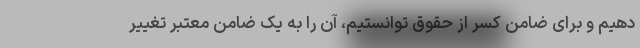
دهیم و برای ضامن کسر از حقوق توانستیم، آن را به یک ضامن معتبر تغییر